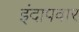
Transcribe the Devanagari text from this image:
इंदापवार